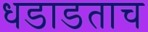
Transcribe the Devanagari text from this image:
धडाडताच